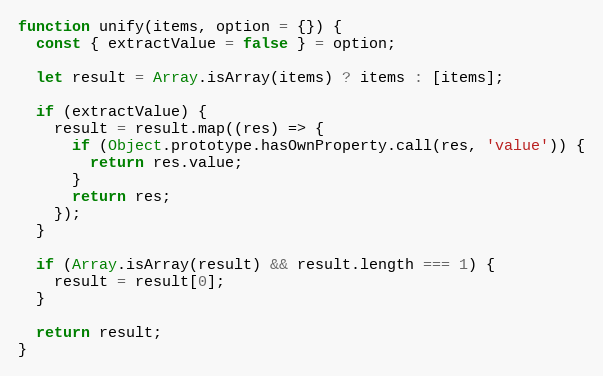
Language: JavaScript
function unify(items, option = {}) {
  const { extractValue = false } = option;

  let result = Array.isArray(items) ? items : [items];

  if (extractValue) {
    result = result.map((res) => {
      if (Object.prototype.hasOwnProperty.call(res, 'value')) {
        return res.value;
      }
      return res;
    });
  }

  if (Array.isArray(result) && result.length === 1) {
    result = result[0];
  }

  return result;
}